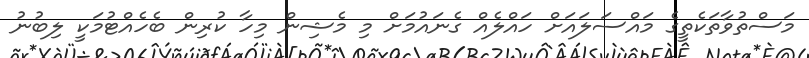
މަސްތުވާތަކެތީގެ މައްސަލައަށް ހައްލެއް ގެނައުމަށް މި މެޝިން މިހާ ކުރިން ބެހެއްޓުމަކީ ލިބުނު